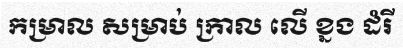
កម្រាល សម្រាប់ ក្រាល លើ ខ្នង ដំរី